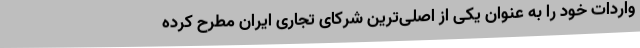
واردات خود را به عنوان یکی از اصلی‌ترین شرکای تجاری ایران مطرح کرده